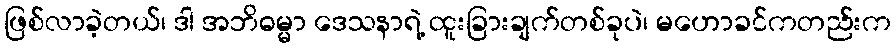
ဖြစ်လာခဲ့တယ်၊ ဒါ အဘိဓမ္မာ ဒေသနာရဲ့ ထူးခြားချက်တစ်ခုပဲ၊ မဟောခင်ကတည်းက